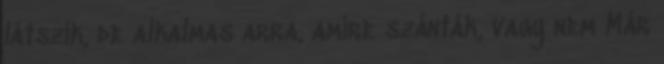
látszik, de alkalmas arra, amire szánták, vagy nem Már